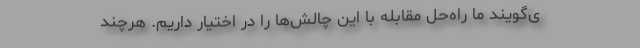
ی‌گویند ما راه‌حل مقابله با این چالش‌ها را در اختیار داریم. هرچند